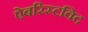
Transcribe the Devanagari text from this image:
ऐबरिस्टविद